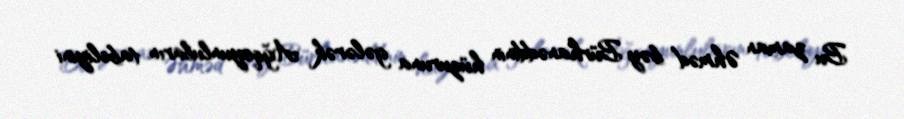
Bu zaman Əhməd bəy Bürhanəddinin hüzuruna gələrək Ağqoyunluların tabeliyini